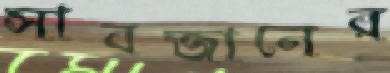
সাবজানের